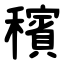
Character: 穦